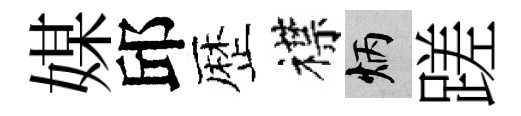
媒邱歴襟炳蹉